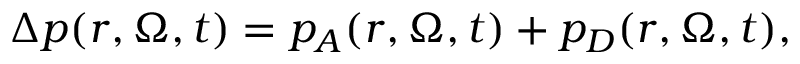
\Delta p ( r , \boldsymbol { \Omega } , t ) = p _ { A } ( r , \boldsymbol { \Omega } , t ) + p _ { D } ( r , \boldsymbol { \Omega } , t ) ,